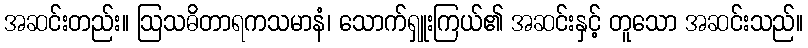
အဆင်းတည်း။ ဩသဓိတာရကသမာနံ၊ သောက်ရှူးကြယ်၏ အဆင်းနှင့် တူသော အဆင်းသည်။